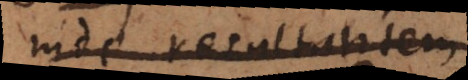
inde resultantem